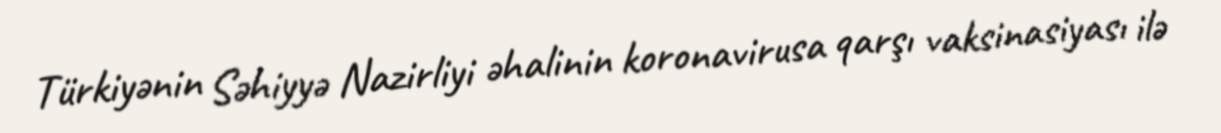
Türkiyənin Səhiyyə Nazirliyi əhalinin koronavirusa qarşı vaksinasiyası ilə